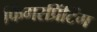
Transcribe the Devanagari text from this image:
फिंगरप्रिंटिंग